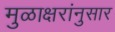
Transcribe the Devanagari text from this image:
मुळाक्षरांनुसार